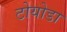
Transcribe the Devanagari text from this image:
टोयोडा